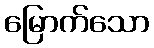
မြောက်သော